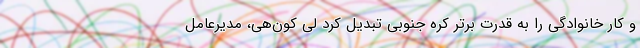
و کار خانوادگی را به قدرت برتر کره جنوبی تبدیل کرد لی کون‌هی، مدیرعامل